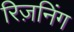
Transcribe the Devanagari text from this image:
रिज़निंग